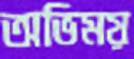
অভিময়